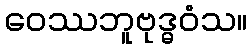
ဝေဿဘူဗုဒ္ဓဝံသ။